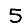
Digit: 5